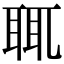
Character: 𦕿